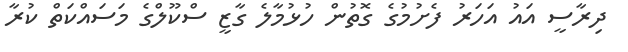
ދިރާސީ އައު އަހަރު ފެށުމުގެ ގޮތުން ހުޅުމާލެ ގާޒީ ސްކޫލްގެ މަސައްކަތް ކުރާ